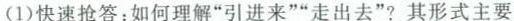
(1)快速抢答：如何理解”引进来””走出去”?其形式主要